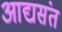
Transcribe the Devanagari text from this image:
आद्यसंत